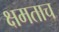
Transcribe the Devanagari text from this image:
क्षमताच